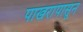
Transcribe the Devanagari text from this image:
पाखरांपासून